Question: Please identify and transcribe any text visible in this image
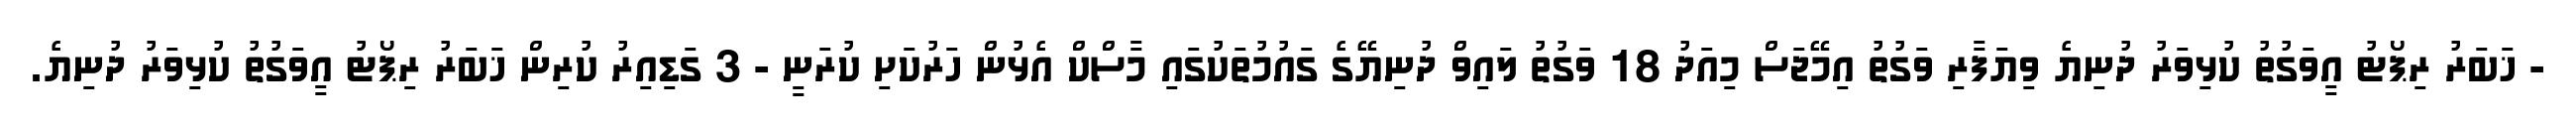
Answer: - ޚަބަރު ރިޕޯޓު އީވަގުތު ކުޅިވަރު ދުނިޔެ ވިޔަފާރި ވަގުތު އިމޭޖަސް މިއަދު 18 ވަގުތު ލައިވް ދުނިޔޭގެ ގައުމުތަކުގައި މާސްކް އެޅުން ހަރުކަށި ކުރަނީ - 3 ގަޑިއިރު ކުރިން ޚަބަރު ރިޕޯޓު އީވަގުތު ކުޅިވަރު ދުނިޔެ.